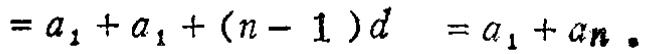
$= a_{1}+a_{1}+(n - 1)d = a_{1}+a_{n}.$